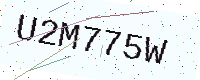
Text: U2M775W